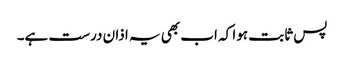
پس ثابت ہوا کہ اب بھی یہ اذان درست ہے۔